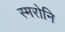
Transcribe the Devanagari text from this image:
स्मरोनि